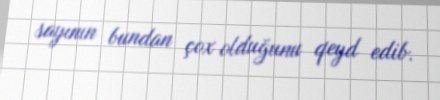
sayının bundan çox olduğunu qeyd edib.